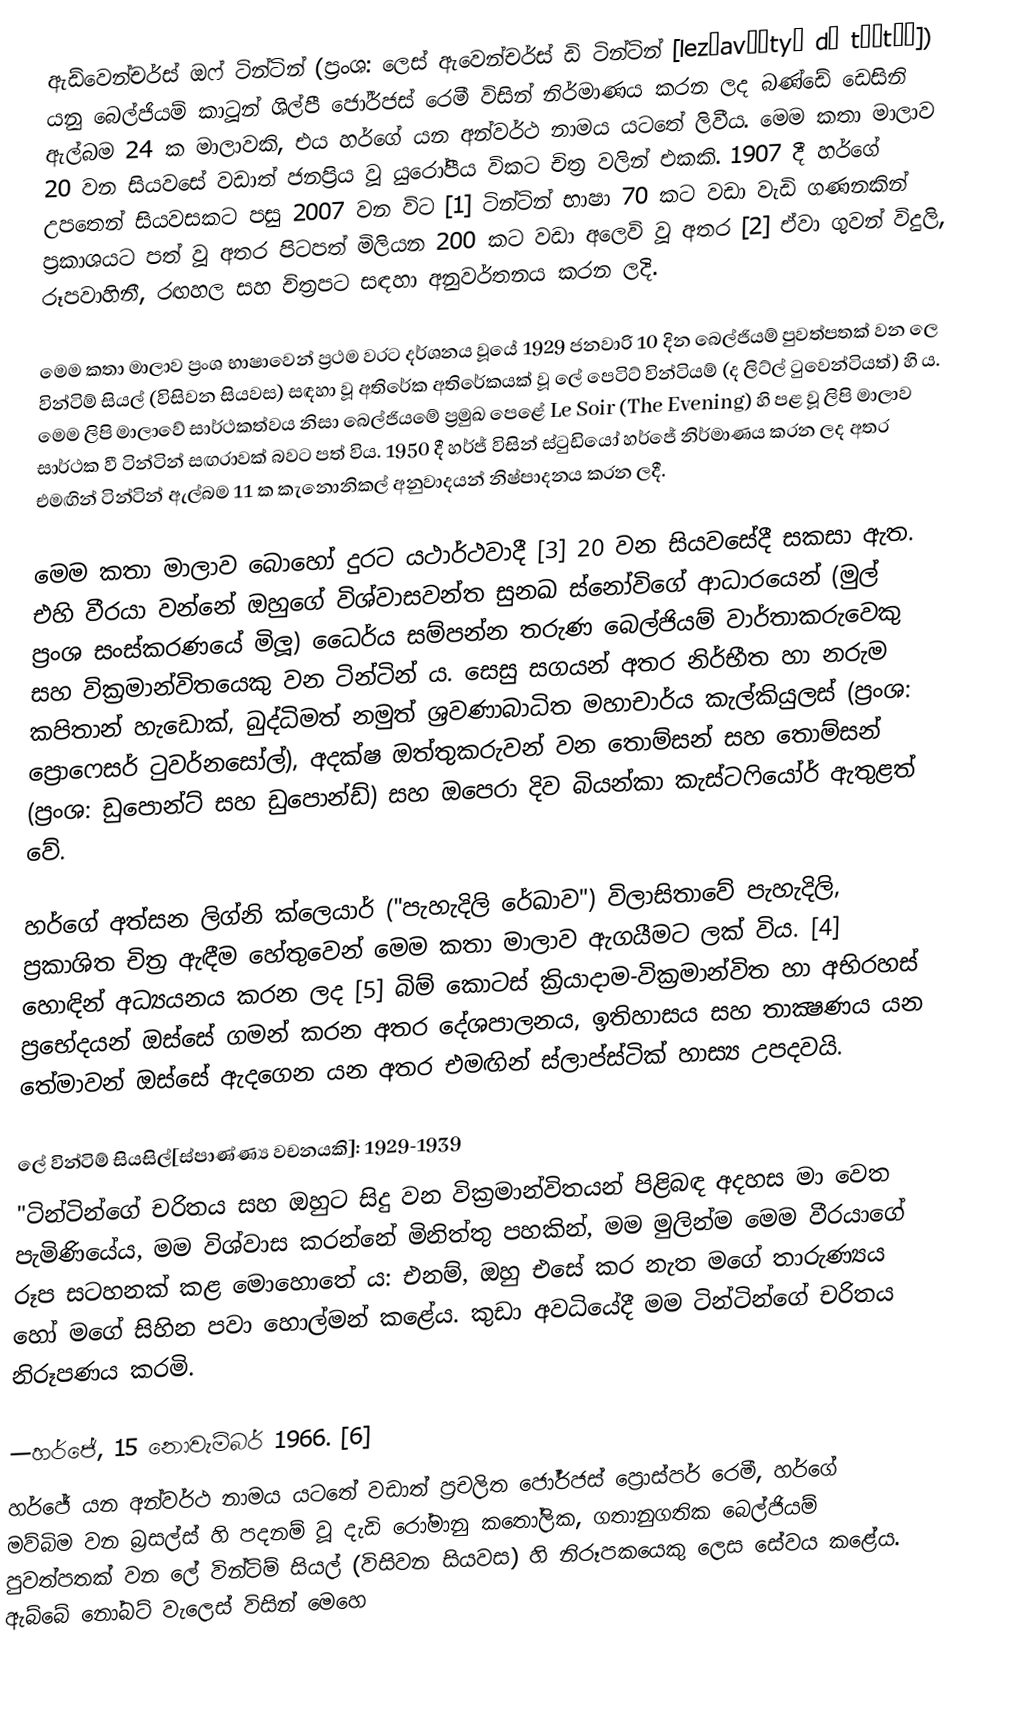
ඇඩ්වෙන්චර්ස් ඔෆ් ටින්ටින් (ප්‍රංශ: ලෙස් ඇවෙන්චර්ස් ඩි ටින්ටින් [lez‿avɑ̃tyʁ də tɛ̃tɛ̃]) යනු බෙල්ජියම් කාටූන් ශිල්පී ජෝර්ජස් රෙමී විසින් නිර්මාණය කරන ලද බණ්ඩේ ඩෙසිනි ඇල්බම 24 ක මාලාවකි, එය හර්ගේ යන අන්වර්ථ නාමය යටතේ ලිවීය. මෙම කතා මාලාව 20 වන සියවසේ වඩාත් ජනප්‍රිය වූ යුරෝපීය විකට චිත්‍ර වලින් එකකි. 1907 දී හර්ගේ උපතෙන් සියවසකට පසු 2007 වන විට [1] ටින්ටින් භාෂා 70 කට වඩා වැඩි ගණනකින් ප්‍රකාශයට පත් වූ අතර පිටපත් මිලියන 200 කට වඩා අලෙවි වූ අතර [2] ඒවා ගුවන් විදුලි, රූපවාහිනී, රඟහල සහ චිත්‍රපට සඳහා අනුවර්තනය කරන ලදි.

මෙම කතා මාලාව ප්‍රංශ භාෂාවෙන් ප්‍රථම වරට දර්ශනය වූයේ 1929 ජනවාරි 10 දින බෙල්ජියම් පුවත්පතක් වන ලෙ වින්ටිම් සියල් (විසිවන සියවස) සඳහා වූ අතිරේක අතිරේකයක් වූ ලේ පෙටිට් වින්ටියම් (ද ලිට්ල් ටුවෙන්ටියත්) හි ය. මෙම ලිපි මාලාවේ සාර්ථකත්වය නිසා බෙල්ජියමේ ප්‍රමුඛ පෙළේ Le Soir (The Evening) හි පළ වූ ලිපි මාලාව සාර්ථක වී ටින්ටින් සඟරාවක් බවට පත් විය. 1950 දී හර්ජ් විසින් ස්ටුඩියෝ හර්ජේ නිර්මාණය කරන ලද අතර එමඟින් ටින්ටින් ඇල්බම 11 ක කැනොනිකල් අනුවාදයන් නිෂ්පාදනය කරන ලදී.

මෙම කතා මාලාව බොහෝ දුරට යථාර්ථවාදී [3] 20 වන සියවසේදී සකසා ඇත. එහි වීරයා වන්නේ ඔහුගේ විශ්වාසවන්ත සුනඛ ස්නෝවිගේ ආධාරයෙන් (මුල් ප්‍රංශ සංස්කරණයේ මිලූ) ධෛර්ය සම්පන්න තරුණ බෙල්ජියම් වාර්තාකරුවෙකු සහ වික්‍රමාන්විතයෙකු වන ටින්ටින් ය. සෙසු සගයන් අතර නිර්භීත හා නරුම කපිතාන් හැඩොක්, බුද්ධිමත් නමුත් ශ්‍රවණාබාධිත මහාචාර්ය කැල්කියුලස් (ප්‍රංශ: ප්‍රොෆෙසර් ටුවර්නසෝල්), අදක්ෂ ඔත්තුකරුවන් වන තොම්සන් සහ තොම්සන් (ප්‍රංශ: ඩුපොන්ට් සහ ඩුපොන්ඩ්) සහ ඔපෙරා දිව බියන්කා කැස්ටෆියෝර් ඇතුළත් වේ.

හර්ගේ අත්සන ලිග්නි ක්ලෙයාර් ("පැහැදිලි රේඛාව") විලාසිතාවේ පැහැදිලි, ප්‍රකාශිත චිත්‍ර ඇඳීම හේතුවෙන් මෙම කතා මාලාව ඇගයීමට ලක් විය. [4] හොඳින් අධ්‍යයනය කරන ලද [5] බිම් කොටස් ක්‍රියාදාම-වික්‍රමාන්විත හා අභිරහස් ප්‍රභේදයන් ඔස්සේ ගමන් කරන අතර දේශපාලනය, ඉතිහාසය සහ තාක්‍ෂණය යන තේමාවන් ඔස්සේ ඇදගෙන යන අතර එමඟින් ස්ලාප්ස්ටික් හාස්‍ය උපදවයි.

ලේ වින්ටිම් සියසිල්[ස්පාණ්ණ්‍ය වචනයකි]: 1929-1939
"ටින්ටින්ගේ චරිතය සහ ඔහුට සිදු වන වික්‍රමාන්විතයන් පිළිබඳ අදහස මා වෙත පැමිණියේය, මම විශ්වාස කරන්නේ මිනිත්තු පහකින්, මම මුලින්ම මෙම වීරයාගේ රූප සටහනක් කළ මොහොතේ ය: එනම්, ඔහු එසේ කර නැත මගේ තාරුණ්‍යය හෝ මගේ සිහින පවා හොල්මන් කළේය. කුඩා අවධියේදී මම ටින්ටින්ගේ චරිතය නිරූපණය කරමි.

—හර්ජේ, 15 නොවැම්බර් 1966. [6]
හර්ජේ යන අන්වර්ථ නාමය යටතේ වඩාත් ප්‍රචලිත ජෝර්ජස් ප්‍රොස්පර් රෙමී, හර්ගේ මව්බිම වන බ්‍රසල්ස් හි පදනම් වූ දැඩි රෝමානු කතෝලික, ගතානුගතික බෙල්ජියම් පුවත්පතක් වන ලේ වින්ටිම් සියල් (විසිවන සියවස) හි නිරූපකයෙකු ලෙස සේවය කළේය. ඇබ්බේ නෝබට් වැලෙස් විසින් මෙහෙ